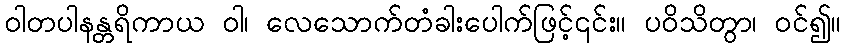
ဝါတပါနန္တရိကာယ ဝါ၊ လေသောက်တံခါးပေါက်ဖြင့်၎င်း။ ပဝိသိတွာ၊ ဝင်၍။